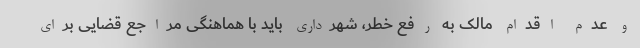
و عدم اقدام مالک به رفع خطر، شهرداری باید با هماهنگی مراجع قضایی برای